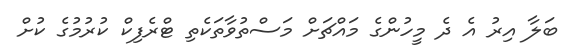
ބަލާ އިރު އެ ދެ މީހުންގެ މައްޗަށް މަސްތުވާތަކެތި ޓްރެފިކް ކުރުމުގެ ކުށް